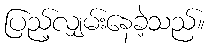
ပြည့်လျှမ်းနေခဲ့သည်။